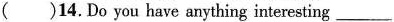
()14.Do you have anything interesting ___